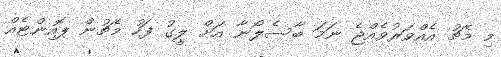
މި މެޗު އެއްވަރުވެއްޖެ ނަމަ ބާސެލޯނާ އަށް ލީގު ފަހު މެޗުން ޕޮއިންޓެއް